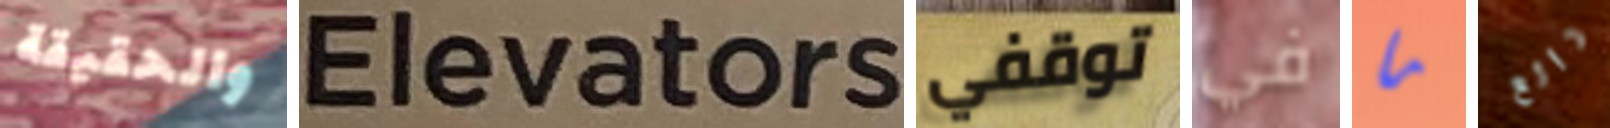
والحقيقة Elevators توقفي في ما رائع